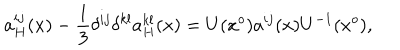
a _ { H } ^ { i j } ( x ) - \frac { 1 } { 3 } \delta ^ { i j } \delta ^ { k l } a _ { H } ^ { k l } ( x ) = U ( x ^ { o } ) a ^ { i j } ( x ) U ^ { - 1 } ( x ^ { o } ) ,